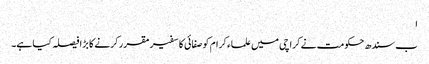
ا
ب سندھ حکومت نے کراچی میں علماء کرام کو صفائی کا سفیر مقرر کرنے کا بڑا فیصلہ کیا ہے۔